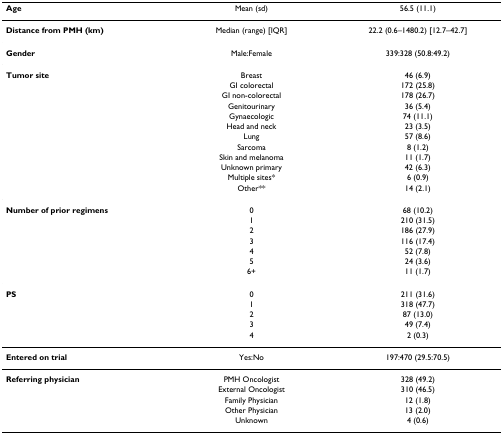
| Age | Mean (sd) | 56.5 (11.1) |
 | --- | --- | --- |
 | Distance from PMH (km) | Median (range) [IQR] | 22.2 (0.6–1480.2) [12.7–42.7] |
 | Gender | Male:Female | 339:328 (50.8:49.2) |
 | Tumor site | Breast | 46 (6.9) |
 |  | GI colorectal | 172 (25.8) |
 |  | GI non-colorectal | 178 (26.7) |
 |  | Genitourinary | 36 (5.4) |
 |  | Gynaecologic | 74 (11.1) |
 |  | Head and neck | 23 (3.5) |
 |  | Lung | 57 (8.6) |
 |  | Sarcoma | 8 (1.2) |
 |  | Skin and melanoma | 11 (1.7) |
 |  | Unknown primary | 42 (6.3) |
 |  | Multiple sites* | 6 (0.9) |
 |  | Other** | 14 (2.1) |
 | Number of prior regimens | 0 | 68 (10.2) |
 |  | 1 | 210 (31.5) |
 |  | 2 | 186 (27.9) |
 |  | 3 | 116 (17.4) |
 |  | 4 | 52 (7.8) |
 |  | 5 | 24 (3.6) |
 |  | 6+ | 11 (1.7) |
 | PS | 0 | 211 (31.6) |
 |  | 1 | 318 (47.7) |
 |  | 2 | 87 (13.0) |
 |  | 3 | 49 (7.4) |
 |  | 4 | 2 (0.3) |
 | Entered on trial | Yes:No | 197:470 (29.5:70.5) |
 | Referring physician | PMH Oncologist | 328 (49.2) |
 |  | External Oncologist | 310 (46.5) |
 |  | Family Physician | 12 (1.8) |
 |  | Other Physician | 13 (2.0) |
 |  | Unknown | 4 (0.6) |